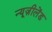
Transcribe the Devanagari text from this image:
न्यूज़ीलेंड